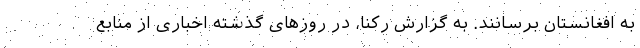
به افغانستان برسانند. به گزارش رکنا، در روزهای گذشته اخباری از منابع